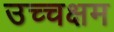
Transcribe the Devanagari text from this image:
उच्चक्षम